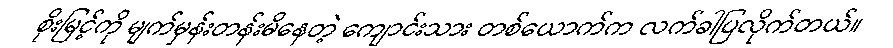
စိုးမြင့်ကို မျက်မှန်းတန်းမိနေတဲ့ ကျောင်းသား တစ်ယောက်က လက်ခါပြလိုက်တယ်။